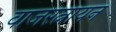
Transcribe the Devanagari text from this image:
वाजरत्नायन